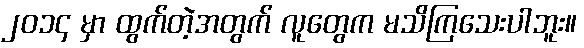
၂၀၁၄ မှာ ထွက်တဲ့အတွက် လူတွေက မသိကြသေးပါဘူး။